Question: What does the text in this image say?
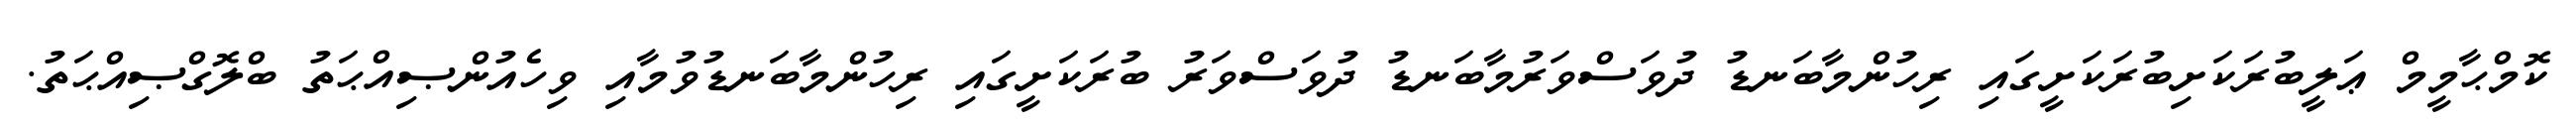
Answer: ކޮމްޙާމީމް ޢަލީބުރަކަށިބުރަކަށީގައި ރިހުންމާބަނޑު ދުވަސްވަރުމާބަނޑު ދުވަސްވަރު ބުރަކަށީގައި ރިހުންމާބަނޑުވުމާއި ވިހެއުންޞިއްޙަތު ބްލޮގްޞިއްޙަތު.